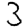
Digit: 3